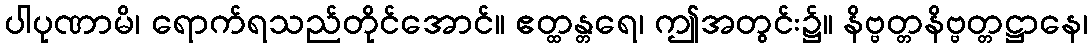
ပါပုဏာမိ၊ ရောက်ရသည်တိုင်အောင်။ ဧတ္ထန္တရေ၊ ဤအတွင်း၌။ နိဗ္ဗတ္တနိဗ္ဗတ္တဋ္ဌာနေ၊